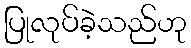
ပြုလုပ်ခဲ့သည်ဟု